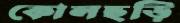
কোলছড়ি